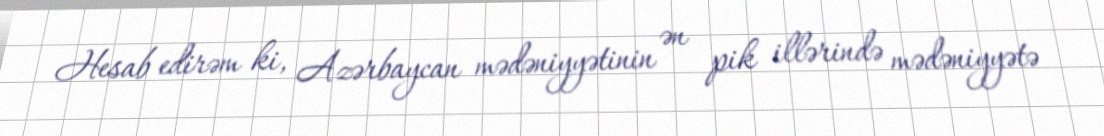
Hesab edirəm ki, Azərbaycan mədəniyyətinin ən pik illərində mədəniyyətə